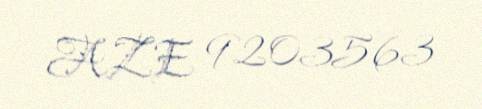
AZE 9203563